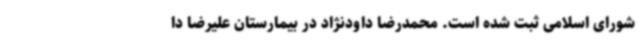
شورای اسلامی ثبت شده است. محمدرضا داودنژاد در بیمارستان علیرضا دا